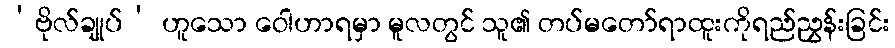
‘ဗိုလ်ချုပ်’ ဟူသော ဝေါဟာရမှာ မူလတွင် သူ၏ တပ်မတော်ရာထူးကိုရည်ညွှန်းခြင်း